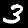
Digit: 3